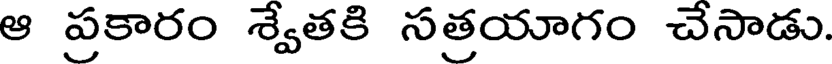
ఆ ప్రకారం శ్వేతకి సత్రయాగం చేసాడు.